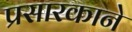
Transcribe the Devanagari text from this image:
प्रसारकाने